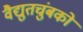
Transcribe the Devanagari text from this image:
वैद्युतचुंबकों